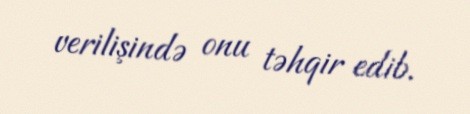
verilişində onu təhqir edib.